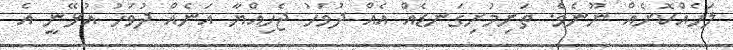
ލަހެއްކޮށެއް ނޫނެވެ. ތަށިމުށިގަނޑެއް އެއް ދުވަހު ޖެހިއްޔާ އަނެއް ދުވަހު އުޅޭނީ އެ